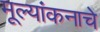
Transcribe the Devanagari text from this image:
मूल्यांकनाचे